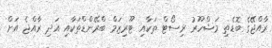
ރާއްޖޭގެ ބޮޑެތި މަޝްހޫރު ރިސޯޓް ތަކާއި ޓޫރިޒަމް ބްރޭންޑްތަކާއި އަދި ރާއްޖެ އަށް